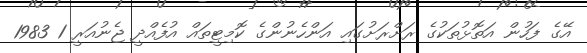
އޭގެ ފަހުން އަތޮޅުތަކުގެ ރަށްރަށުގައި އަންހެނުންގެ ކޮމިޓީތައް އުފެއްދީ ޖެނުއަރީ 1 1983